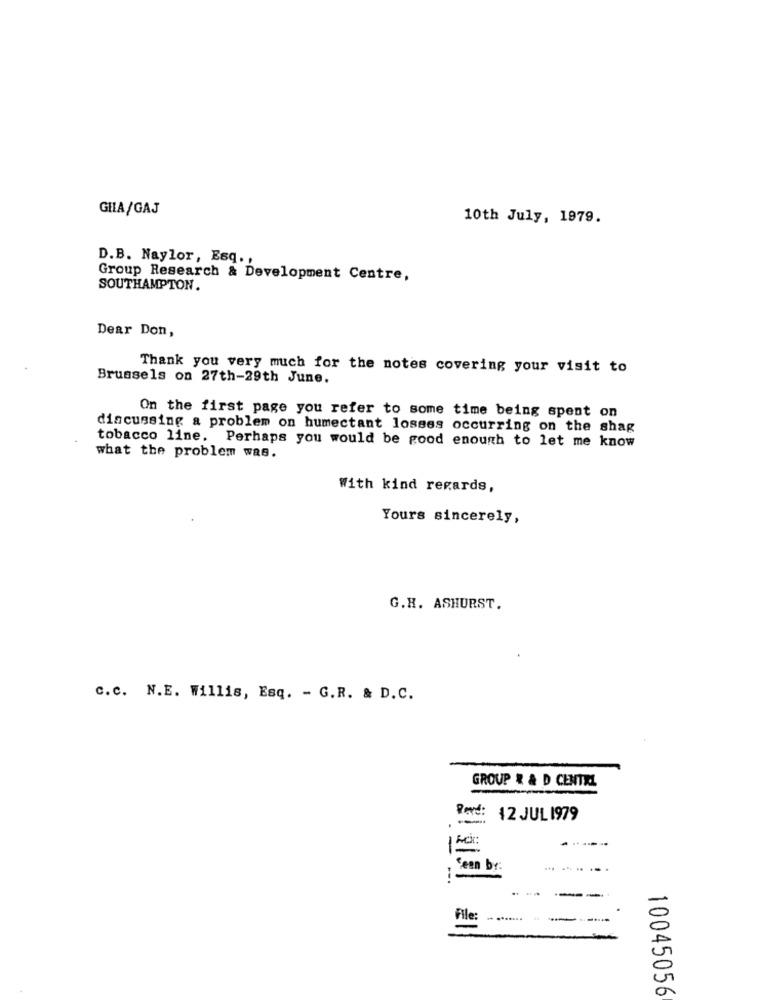
GHA/GAJ
10th July, 1979.
D.B. Naylor, Esq .,
Group Research & Development Centre,
SOUTHAMPTON.
Dear Don,
Thank you very much for the notes covering your visit to
Brussels on 27th-29th June.
On the first page you refer to some time being spent on
discussing a problem on humectant losses occurring on the shag
tobacco line. Perhaps you would be good enough to let me know
what the problem was.
With kind regards,
Yours sincerely,
G.H. ASHURST.
C.c. N.E. Willis, Esq. - G.R. & D.C.
GROUP & & D CENTXL
Pord:
---
12 JUL 1979
----
Sean by:
----.
---
File:
.......
--
10045056